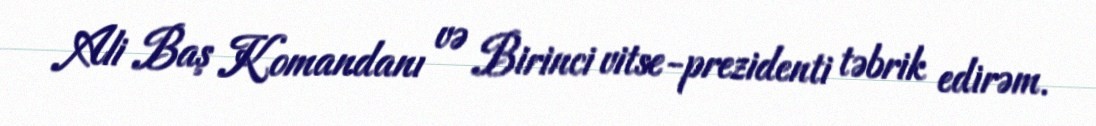
Ali Baş Komandanı və Birinci vitse-prezidenti təbrik edirəm.